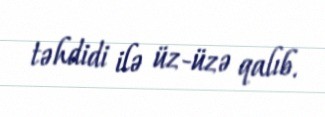
təhdidi ilə üz-üzə qalıb.